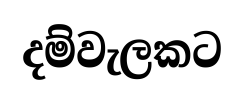
දම්වැලකට